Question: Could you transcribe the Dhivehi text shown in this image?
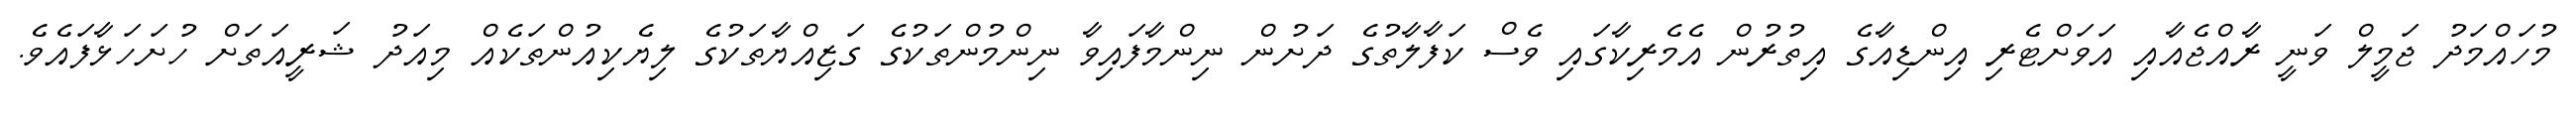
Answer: މުހައްމަދު ޖަމީލް ވަނީ ރާއްޖެއާއި އަވަށްޓެރި އިންޑިއާގެ އިތުރުން އެމެރިކާގައި ވެސް ކަފާލާތުގެ ދަށުން ނިންމާފައިވާ ނިންމުންތަކުގެ ގަޒިއްޔާތަކުގެ ލިޔެކިއުންތަކެއް މިއަދު ޝަރީއަތަށް ހުށަހަޅާފައެވެ.